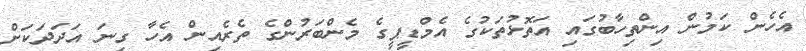
އެހެން ކަމުން އިންތިހާބުގައި އަތޮޅުތަކުގެ އެމްޑީޕީގެ މެންބަރުންގެ ތެރެއިން އެހާ ގިނަ އަދަދަކަށް